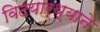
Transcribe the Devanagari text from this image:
विदयार्थ्‍याने